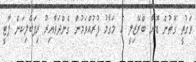
ވަގުތީ ގޮތުން ޑޮނާ ބްރޭޒިލީ އެ މަގާމު ފުރުއްވަމުން ގެންދަވާއިރު ރިޕަބްލިކަން ޕާޓީ